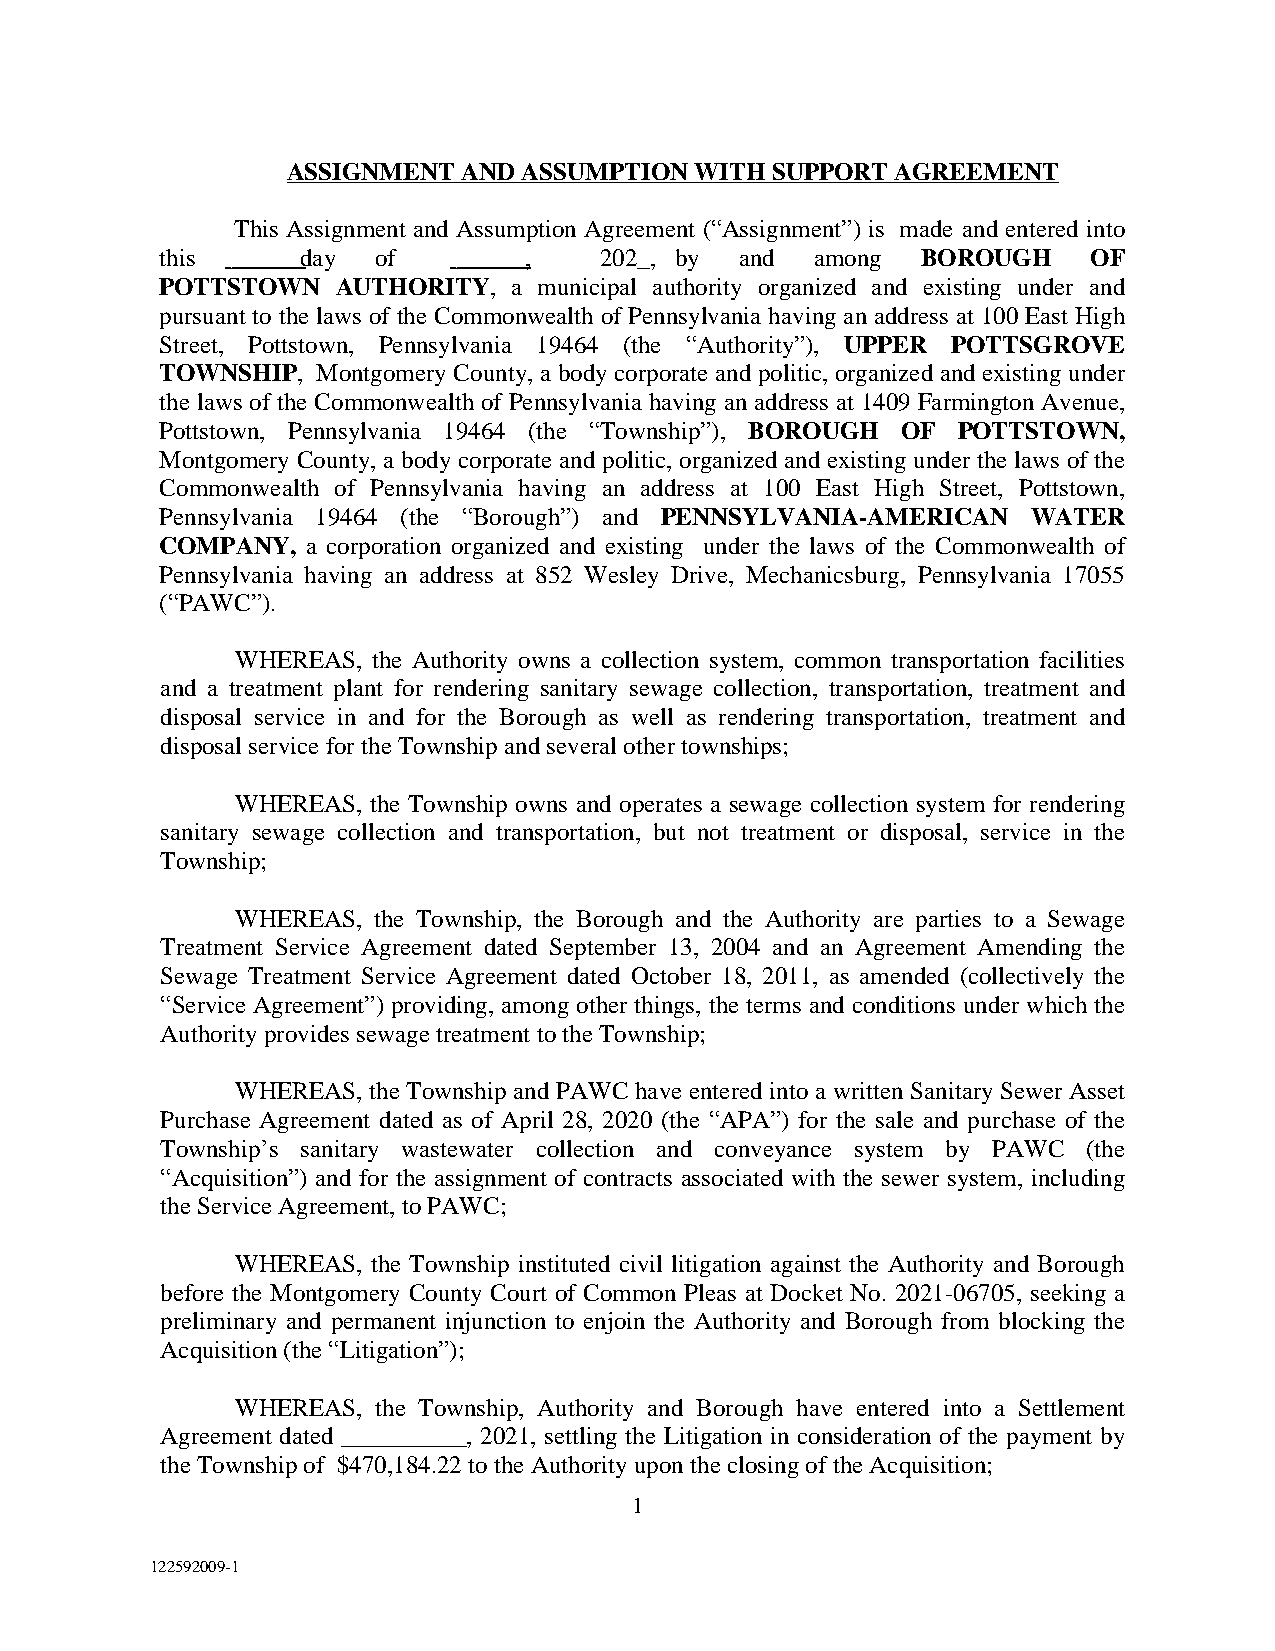
ASSIGNMENT  AND ASSUMPTION WITH SUPPORT AGREEMENT
 This Assignment and Assumption Agreement (“Assignment”) is made and entered into
 this     day  of        ,    202_, by and  among  BOROUGH    OF
 POTTSTOWN  AUTHORITY,  a municipal authority organized and existing under and
 pursuant to the laws of the Commonwealth of Pennsylvania having an address at 100 East High
 Street, Pottstown, Pennsylvania 19464 (the “Authority”), UPPER POTTSGROVE
 TOWNSHIP, Montgomery County, a body corporate and politic, organized and existing under
 the laws of the Commonwealth of Pennsylvania having an address at 1409 Farmington Avenue,
 Pottstown, Pennsylvania 19464 (the “Township”), BOROUGH OF POTTSTOWN,
 Montgomery County, a body corporate and politic, organized and existing under the laws of the
 Commonwealth of Pennsylvania having an address at 100 East High Street, Pottstown,
 Pennsylvania 19464 (the “Borough”) and PENNSYLVANIA-AMERICAN WATER
 COMPANY, a corporation organized and existing under the laws of the Commonwealth of
 Pennsylvania having an address at 852 Wesley Drive, Mechanicsburg, Pennsylvania 17055
 (“PAWC”).
 WHEREAS, the Authority owns a collection system, common transportation facilities
 and a treatment plant for rendering sanitary sewage collection, transportation, treatment and
 disposal service in and for the Borough as well as rendering transportation, treatment and
 disposal service for the Township and several other townships;
 WHEREAS, the Township owns and operates a sewage collection system for rendering
 sanitary sewage collection and transportation, but not treatment or disposal, service in the
 Township;
 WHEREAS, the Township, the Borough and the Authority are parties to a Sewage
 Treatment Service Agreement dated September 13, 2004 and an Agreement Amending the
 Sewage Treatment Service Agreement dated October 18, 2011, as amended (collectively the
 “Service Agreement”) providing, among other things, the terms and conditions under which the
 Authority provides sewage treatment to the Township;
 WHEREAS, the Township and PAWC have entered into a written Sanitary Sewer Asset
 Purchase Agreement dated as of April 28, 2020 (the “APA”) for the sale and purchase of the
 Township’s sanitary wastewater collection and conveyance system by PAWC (the
 “Acquisition”) and for the assignment of contracts associated with the sewer system, including
 the Service Agreement, to PAWC;
 WHEREAS, the Township instituted civil litigation against the Authority and Borough
 before the Montgomery County Court of Common Pleas at Docket No. 2021-06705, seeking a
 preliminary and permanent injunction to enjoin the Authority and Borough from blocking the
 Acquisition (the “Litigation”);
 WHEREAS, the Township, Authority and Borough have entered into a Settlement
 Agreement dated __________, 2021, settling the Litigation in consideration of the payment by
 the Township of $470,184.22 to the Authority upon the closing of the Acquisition;
 1
 122592009-1